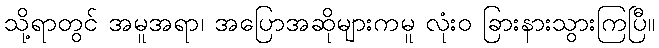
သို့ရာတွင် အမူအရာ၊ အပြောအဆိုများကမူ လုံးဝ ခြားနားသွားကြပြီ။